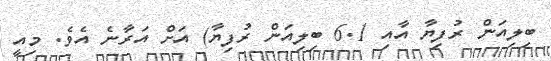
ބިލިއަން ރުފިޔާ އާއި 6.1 ބިލިއަން ރުފިޔާ) އަށް އަރާނެ އެވެ. މިއީ